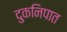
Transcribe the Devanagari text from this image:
दुकनिपात